Annual report on the mental hospital in the Central Provinces and Berar (Nagpur) - 1927-1951
Year: 1927
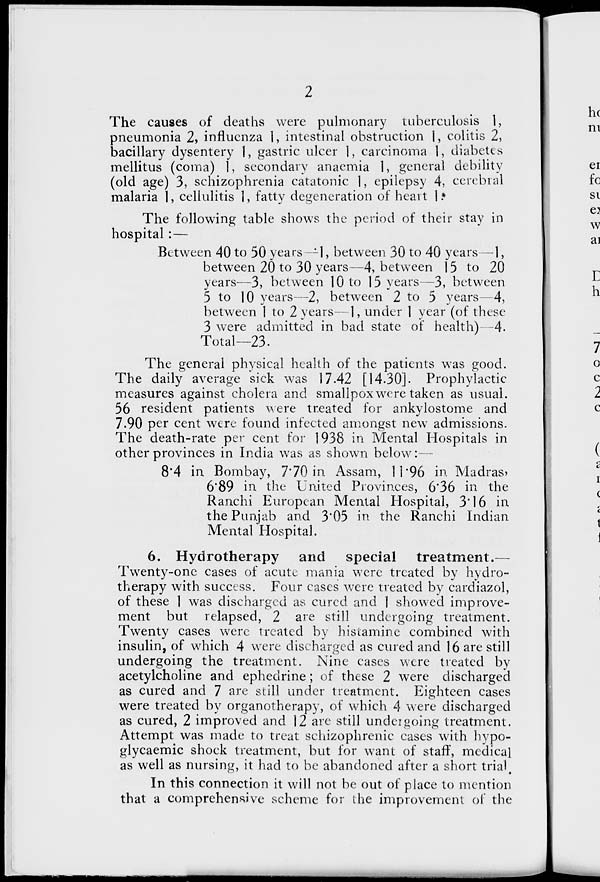
2
The causes of deaths were pulmonary tuberculosis 1,
pneumonia 2, influenza 1, intestinal obstruction 1, colitis 2,
bacillary dysentery 1, gastric ulcer 1, carcinoma 1, diabetes
mellitus (coma) 1, secondary anaemia 1, general debility
(old age) 3, schizophrenia catatonic 1, epilepsy 4, cerebral
malaria 1, cellulitis 1, fatty degeneration of heart 1.
The following table shows the period of their stay in
hospital:—
Between 40 to 50 years — 1, between 30 to 40 years—1,
between 20 to 30 years—4, between 15 to 20
years—3, between 10to 15 years—3, between
5 to 10 years—2, between 2 to 5 years—4,
between 1 to 2 years—1, under 1 year (of these
3 were admitted in bad state of health)—4.
Total—23.
The general physical health of the patients was good.
The daily average sick was 17.42 [14.30]. Prophylactic
measures against cholera and smallpoxwere taken as usual.
56 resident patients were treated for ankylostome and
7.90 per cent were found infected amongst new admissions.
The death-rate per cent for 1938 in Mental Hospitals in
other provinces in India was as shown below:—
8.4 in Bombay, 7.70 in Assam, 11.96 in Madras,
6.89 in the United Provinces, 6.36 in the
Ranchi European Mental Hospital, 3.16 in
the Punjab and 3.05 in the Ranchi Indian
Mental Hospital.
6. Hydrotherapy
and
special
treatment.—
Twenty-one cases of acute mania were treated by hydro-
therapy with success. Four cases were treated by cardiazol,
of these 1 was discharged as cured and 1 showed improve-
ment but relapsed, 2 are still undergoing treatment.
Twenty cases were treated by histamine combined with
insulin, of which 4 were discharged as cured and 16 are still
undergoing the treatment. Nine cases were treated by
acetylcholine and ephedrine; of these 2 were discharged
as cured and 7 are still under treatment. Eighteen cases
were treated by organotherapy, of which 4 were discharged
as cured, 2 improved and 12 are still undergoing treatment.
Attempt was made to treat schizophrenic cases with hypo-
glycaemic shock treatment, but for want of staff, medical
as well as nursing, it had to be abandoned after a short trial.
In this connection it will not be out of place to mention
that a comprehensive scheme for the improvement of the